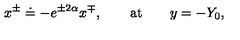
x ^ { \pm } \doteq - e ^ { \pm 2 \alpha } x ^ { \mp } , \qquad \mathrm { a t } \qquad y = - Y _ { 0 } ,